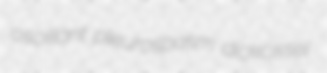
oscillant pleurospasm dickcissel